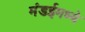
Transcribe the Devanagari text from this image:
मंडईमध्ये